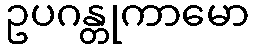
ဥပဂန္တုကာမော